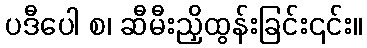
ပဒီပေါ စ၊ ဆီမီးညှိထွန်းခြင်း၎င်း။